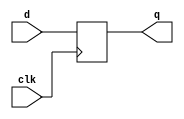
// This program was cloned from: https://github.com/chipsalliance/yosys-f4pga-plugins
// License: Apache License 2.0

// Copyright 2020-2022 F4PGA Authors
//
// Licensed under the Apache License, Version 2.0 (the "License");
// you may not use this file except in compliance with the License.
// You may obtain a copy of the License at
//
//     http://www.apache.org/licenses/LICENSE-2.0
//
// Unless required by applicable law or agreed to in writing, software
// distributed under the License is distributed on an "AS IS" BASIS,
// WITHOUT WARRANTIES OR CONDITIONS OF ANY KIND, either express or implied.
// See the License for the specific language governing permissions and
// limitations under the License.
//
// SPDX-License-Identifier: Apache-2.0

module my_dff (
    input d,
    clk,
    output reg q
);
  always @(posedge clk) q <= d;
endmodule

module my_top (
    inout  wire pad,
    input  wire i,
    input  wire t,
    output wire o,
    input  wire clk
);

  wire i_r;
  wire t_r;
  wire o_r;

  // IOB
  assign pad = (t_r) ? i_r : 1'bz;
  assign o_r = pad;

  // DFFs
  my_dff dff_i (
      i,
      clk,
      i_r
  );
  my_dff dff_t (
      t,
      clk,
      t_r
  );
  my_dff dff_o (
      o_r,
      clk,
      o
  );

endmodule